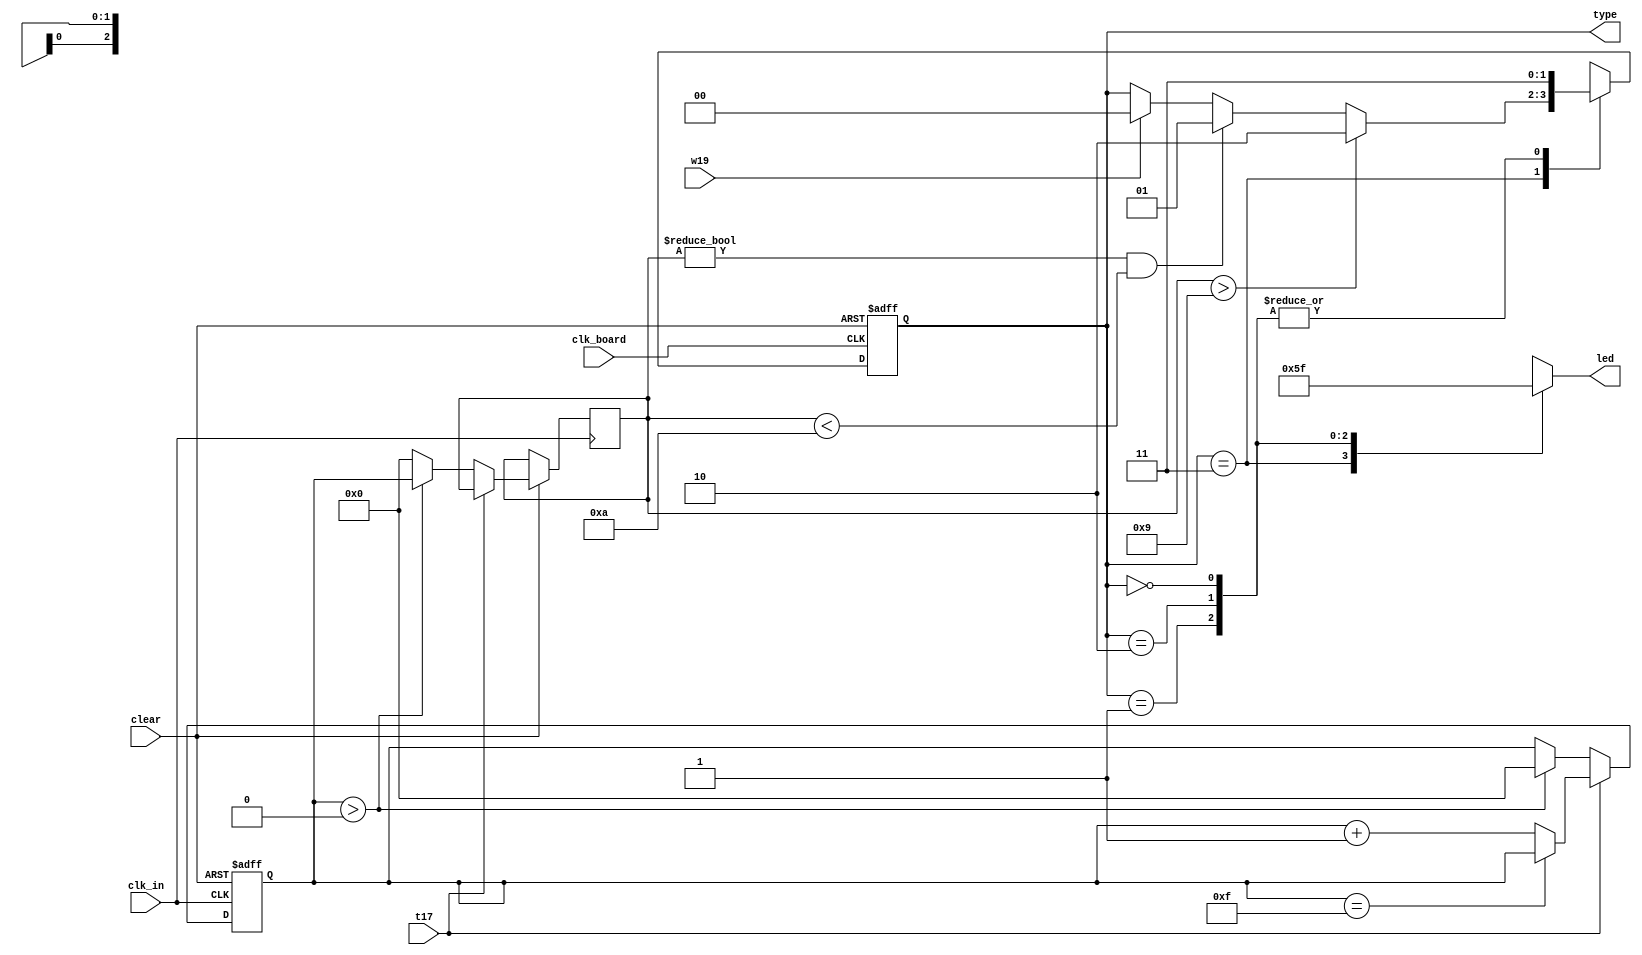
module type_state(
    input clk_board,
    input clear,
    input clk_in,
    input t17,  //switch from basys3 board to input morse code
    input w19,  //switch from basys3 board to separate the letter
    output [1:0] type, //type of the input
    output reg [2:0]led
    );


    reg [3:0]count = 0;
    //reg [1:0]type_old;
    reg t17_old;
    reg w19_old;
    reg [1:0]type_now;
    reg [1:0]type_old;
    
    reg state;
    reg [3:0]sent_count = 0 ;
    
    wire pos_w19;
    wire pos_but;
    wire neg_but;
    
    parameter GAP = 2'b00;
    parameter DOT = 2'b01;
    parameter DASH = 2'b10;
    parameter STOP = 2'b11;
    
    //initial type_now = STOP;
    //initial type_old = STOP;
    //initial count = 0;
   // initial type = STOP;
    //initial type_present = STOP;
   // initial led = 0;
    
    always@(posedge clk_board,negedge clear)
        begin
        if(!clear)
            begin
            t17_old <= 0;
            w19_old <= 0;
            end
        else
            begin
            t17_old <= t17;
            w19_old <= w19;
            end
        end
        
    assign pos_but = (!t17_old) & (t17);
    assign neg_but = (t17_old) & (!t17);
    assign pos_w19 = (!w19_old) & (w19);
    
    
   always@(posedge clk_in, negedge clear)
        begin
        if(!clear)
            count <= 0;
        //else if( pos_w19 )
        //    count <= 0;
        //else if (pos_but)
        //    count <= 0;
        else
            begin
                if(t17 == 1)
                    begin
                        if(count == 15)
                            count <= count;
                        else
                            count <= count + 1;
                    end
                else if(t17 == 0)
                    begin
                        if(count > 0)
                            begin
                            sent_count <= 0;
                            //    if(count > 9)
                           
                                state <= 1;
                            //    else if(count!=0 && count < 10)
                            //        state <= 1;
                                sent_count = count;
                                count <= 0;
                            end
                       else
                        begin
                        state <= 0;
                        sent_count <= 0;
                        end
                    end
            end
        end
        

      always@(posedge clk_board, negedge clear)
        begin
            if(!clear)
                type_old <= STOP;
            else
                type_old <= type_now;
        end
        
     always@ ( * )
     
        begin
        type_now = type_old;
        //type_old = type_now;
        case(type_old)
            STOP:begin 
                  led = 3'b000;
              //    if(state)
                    begin
                        if(sent_count > 9)
                            type_now = DASH;
                        else if(sent_count != 0 && sent_count < 10)
                            type_now = DOT;
                        else if(w19)
                            type_now = GAP;
                        else if( type_old == STOP )
                            type_now = type_now;
                    end
                 end
            DOT: begin
                    led = 3'b001;
                    type_now = STOP;
                    //count = 0;
                  end
            DASH: begin
                    led = 3'b011;
                    type_now = STOP;
                    //count = 0;
                  end
            GAP: begin
                    led = 3'b111;
                    type_now = STOP;
                    //count = 0;
                  end
        endcase
        end
        assign type = type_old;
     /*reg [1:0]type_reg;
     reg[2:0]led_reg;   
     always@(posedge clk_board, nef)
        begin
        //led <= 3'b000;
        if(neg_but)
            begin
            if(count > 9)
                begin
                type_reg = DASH;
                led_reg = 3'b011;
                end
            else if(count != 0 && count <= 9 )
                begin
                type_reg = DOT;
                led_reg = 3'b001;
                end
            if(pos_w19)
                begin
                type_reg = GAP;
                led_reg = 3'b111;
                end
            end
        end
        assign type = type_reg;
        assign led = led_reg;
    //always@(posedge clk_in, posedge w19)
    
    /always @ (posedge clk_in)
    begin
        if(clear == 0)
            begin
            count = 0;
            type = STOP;
            t17_old = 0;
            led = 0;
            end
        else
        begin
        if (t17 == 1)
            begin
            t17_old <= 0;
            count <= count + 1;
            end //dont want to work anymore
        
        if(type == STOP)
        begin
        
            if( count!=0 && count > 4'b0110 )
                begin
                if(t17_old == 1)
                    begin
                    type <= DASH;   //user input dash
                    led <= 3'b011;
                    end
                end
            else if(count != 0)
                begin
                if(t17_old == 1)
                    begin
                    type <= DOT;    //user input dot
                    led <= 3'b001;
                    end
                end  
            if(w19)
            begin
                //if(t17_old == 1)
                begin
                    type <= GAP;
                    led <= 3'b111;
                end
            end
        end
        if(t17 == 0)
            begin
            t17_old <= 1;
            count <= 0;
            led <= 3'b000;
            type <= STOP;
            end
        if(t17_old != t17)
            t17_old <= t17;
             
         
        //if(type_old != type_present)
            //type_old <= type_present;
        //type <= type_old;
        end 
    end */
endmodule